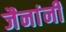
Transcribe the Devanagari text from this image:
जैनांनी